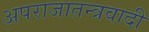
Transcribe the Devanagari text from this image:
अपराजातन्त्रवादी